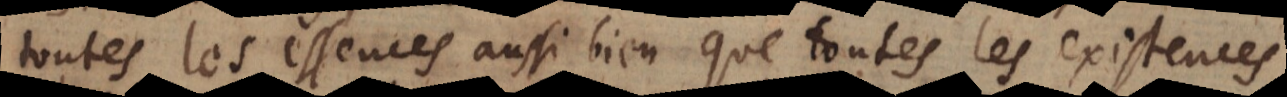
toutes les essences aussi bien que toutes les existences.